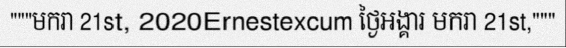
"""មករា 21st, 2020Ernestexcum ថ្ងៃអង្គារ មករា 21st,"""